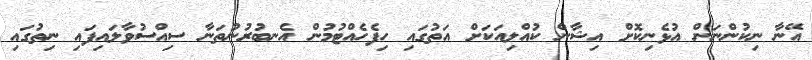
އޭނާ ނިކުންނަން އުޅެނިކޮށް އިޝާން ކުއްލިއަކަށް އަތުގައި ހިފެހެއްޓުމުން އެނބުރުނުތަނާ ސިއްސުވާލައިފައި ނިތުގައި